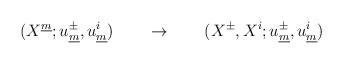
LaTeX: \begin{align*} (X^{\underline{m}}; u^{\pm}_{\underline{m}},u^{i}_{\underline{m}}) \qquad \rightarrow \qquad (X^{\pm}, X^i;u^{\pm}_{\underline{m}}, u^{i}_{\underline{m}})\end{align*}